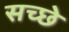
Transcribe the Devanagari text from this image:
सच्छे